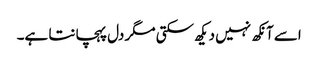
اسے آنکھ نہیں دیکھ سکتی مگر دل پہچانتا ہے۔